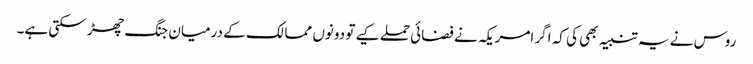
روس نے یہ تنبیہ بھی کی کہ اگر امریکہ نے فضائی حملے کیے تو دونوں ممالک کے درمیان جنگ چھڑ سکتی ہے۔